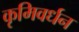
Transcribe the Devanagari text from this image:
कृमिवर्धन